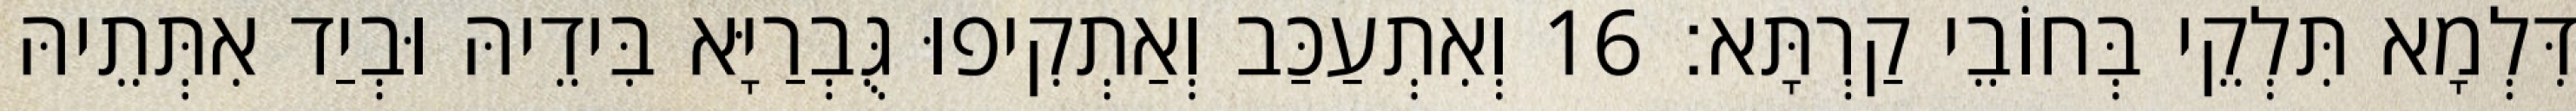
דִּלְמָא תִּלְקֵי בְּחוֹבֵי קַרְתָּא׃ 16 וְאִתְעַכַּב וְאַתְקִיפוּ גֻּבְרַיָּא בִּידֵיהּ וּבְיַד אִתְּתֵיהּ